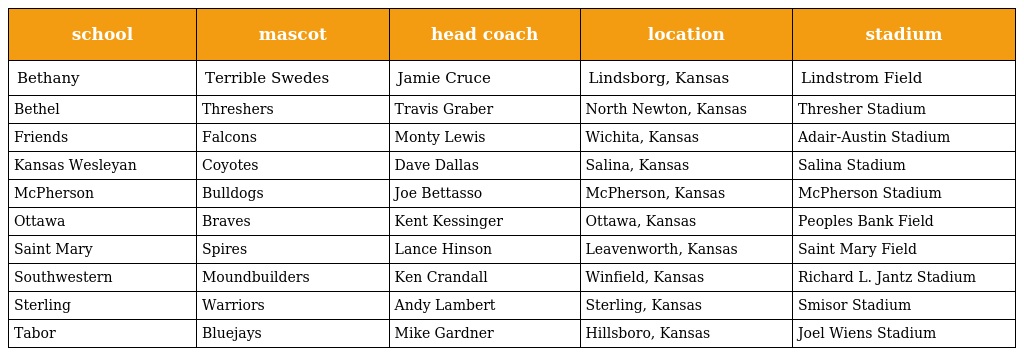
| school | mascot | head coach | location | stadium |
 | --- | --- | --- | --- | --- |
 | Bethany | Terrible Swedes | Jamie Cruce | Lindsborg, Kansas | Lindstrom Field |
 | Bethel | Threshers | Travis Graber | North Newton, Kansas | Thresher Stadium |
 | Friends | Falcons | Monty Lewis | Wichita, Kansas | Adair-Austin Stadium |
 | Kansas Wesleyan | Coyotes | Dave Dallas | Salina, Kansas | Salina Stadium |
 | McPherson | Bulldogs | Joe Bettasso | McPherson, Kansas | McPherson Stadium |
 | Ottawa | Braves | Kent Kessinger | Ottawa, Kansas | Peoples Bank Field |
 | Saint Mary | Spires | Lance Hinson | Leavenworth, Kansas | Saint Mary Field |
 | Southwestern | Moundbuilders | Ken Crandall | Winfield, Kansas | Richard L. Jantz Stadium |
 | Sterling | Warriors | Andy Lambert | Sterling, Kansas | Smisor Stadium |
 | Tabor | Bluejays | Mike Gardner | Hillsboro, Kansas | Joel Wiens Stadium |